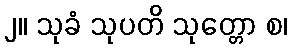
၂။ သုခံ သုပတိ သုတ္တော စ၊